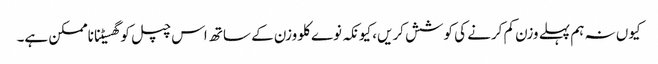
کیوں نہ ہم پہلے وزن کم کرنے کی کوشش کریں، کیونکہ نوے کلو وزن کے ساتھ اس چپل کو گھسیٹنا ناممکن ہے۔